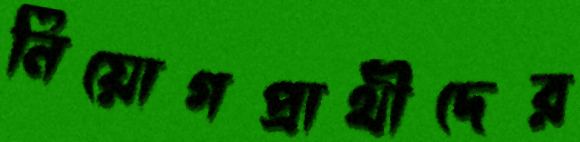
নিয়োগপ্রার্থীদের